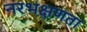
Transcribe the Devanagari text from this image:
नरभक्षणता